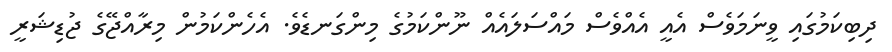
ދިބިކަމުގައި ވީނަމަވެސް އެއީ އެއްވެސް މައްސަލައެއް ނޫންކަމުގެ މިންގަނޑެވެ. އެހެންކަމުން މިރާއްޖޭގެ ޖުޑިޝަރީ